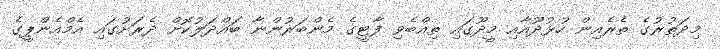
މިދަތުރުގެ ތެރެއިން ހުޅުދޫއާއި މީދޫގައި ތިއްބެވި ފާޓީގެ މެންބަރުންނާ ބައްދަލުކޮށް ދެރަށުގައި އެމްއެންޕީގެ